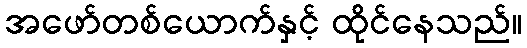
အဖော်တစ်ယောက်နှင့် ထိုင်နေသည်။